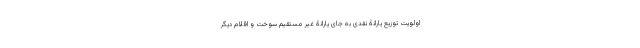
اولویت توزیع یارانۀ نقدی به جای یارانۀ غیر مستقیم سوخت و اقلام دیگر